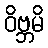
ဝိဗ္ဘမိ